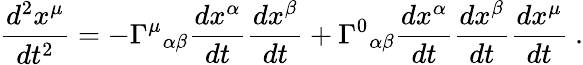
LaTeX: {\frac{d^{2}x^{\mu}}{dt^{2}}}=-\Gamma^{\mu}{}_{\alpha\beta}{\frac{dx^{\alpha}}{dt}}{\frac{dx^{\beta}}{dt}}+\Gamma^{0}{}_{\alpha\beta}{\frac{dx^{\alpha}}{dt}}{\frac{dx^{\beta}}{dt}}{\frac{dx^{\mu}}{dt}}\ .